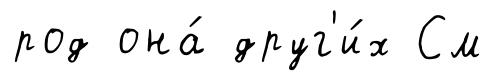
род она́ друг'и́х См